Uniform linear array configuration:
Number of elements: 48
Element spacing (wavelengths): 1
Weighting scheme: binomial
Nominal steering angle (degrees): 45
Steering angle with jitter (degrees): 44.356
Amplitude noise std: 0.05
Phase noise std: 0.05

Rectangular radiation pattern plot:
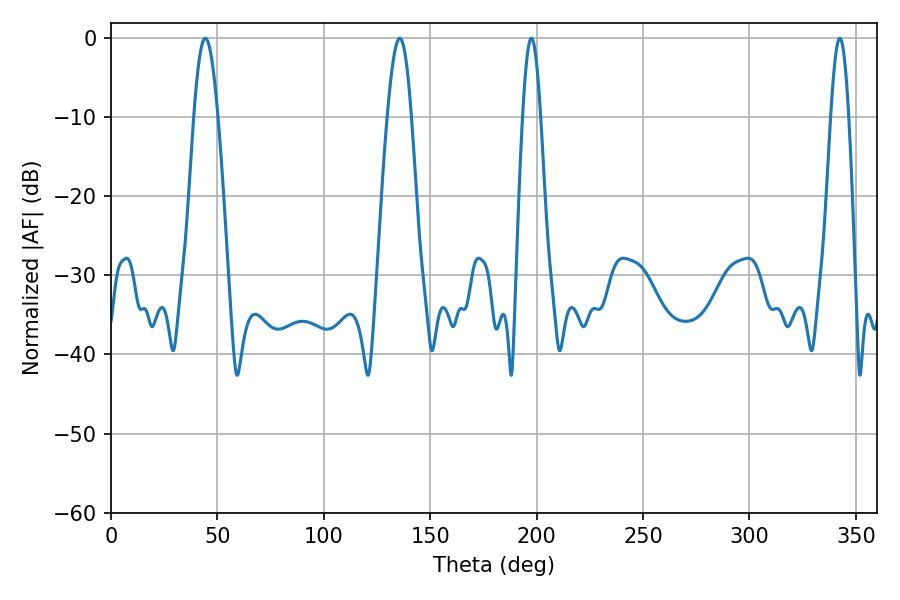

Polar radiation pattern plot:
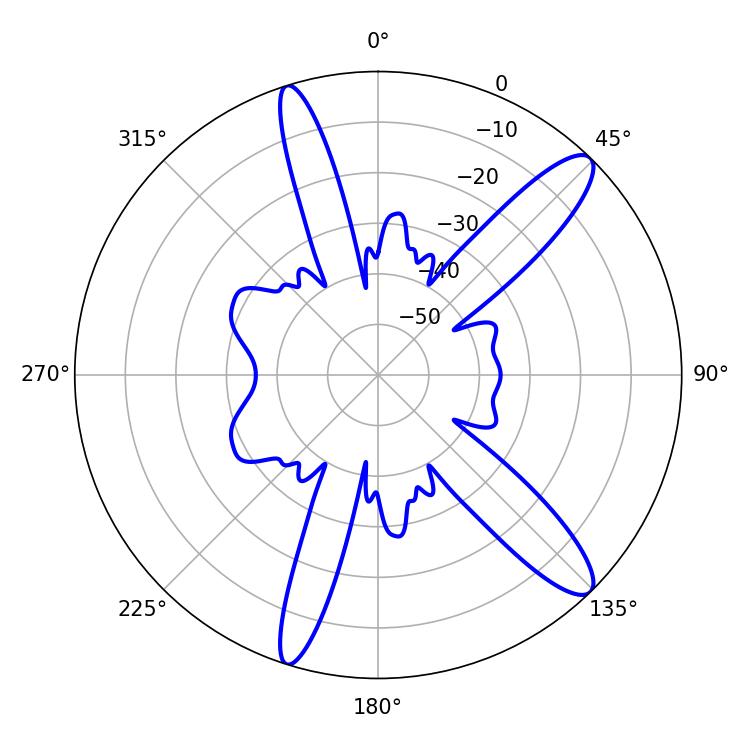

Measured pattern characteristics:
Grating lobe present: TRUE
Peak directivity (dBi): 12.619
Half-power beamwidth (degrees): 5.94
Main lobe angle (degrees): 44.28